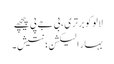
لالو کو برتری، بی جے پی پیچھے
بہار الیکشن؛ نتیش۔